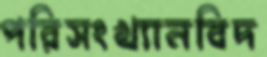
পরিসংখ্যানবিদ